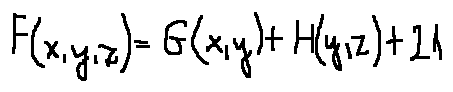
F ( x , y , z ) = G ( x , y ) + H ( y , z ) + 2 1